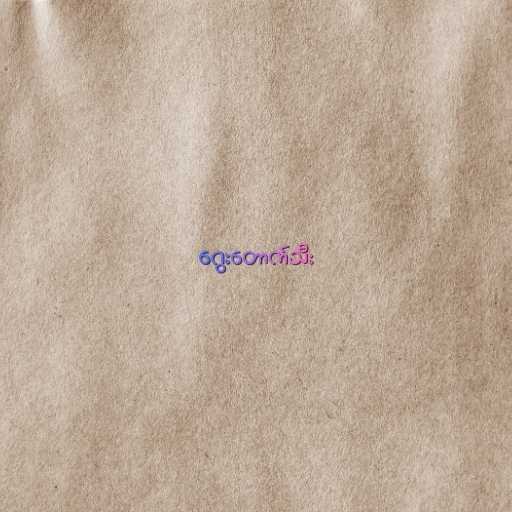
ဂွေးတောက်သီး